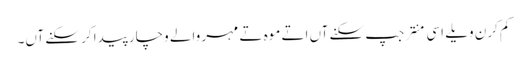
کم کرن ویلے اسی منتر جپ سکنے آں اتے موہ تے مہر والے وچار پیدا کر سکنے آں۔